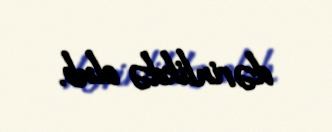
dərinlikdə olub.